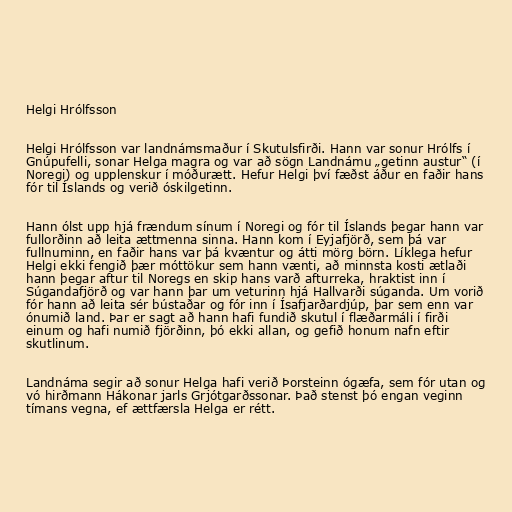
Helgi Hrólfsson

Helgi Hrólfsson var landnámsmaður í Skutulsfirði. Hann var sonur Hrólfs í
Gnúpufelli, sonar Helga magra og var að sögn Landnámu „getinn austur“ (í
Noregi) og upplenskur í móðurætt. Hefur Helgi því fæðst áður en faðir hans
fór til Íslands og verið óskilgetinn.

Hann ólst upp hjá frændum sínum í Noregi og fór til Íslands þegar hann var
fullorðinn að leita ættmenna sinna. Hann kom í Eyjafjörð, sem þá var
fullnuminn, en faðir hans var þá kvæntur og átti mörg börn. Líklega hefur
Helgi ekki fengið þær móttökur sem hann vænti, að minnsta kosti ætlaði
hann þegar aftur til Noregs en skip hans varð afturreka, hraktist inn í
Súgandafjörð og var hann þar um veturinn hjá Hallvarði súganda. Um vorið
fór hann að leita sér bústaðar og fór inn í Ísafjarðardjúp, þar sem enn var
ónumið land. Þar er sagt að hann hafi fundið skutul í flæðarmáli í firði
einum og hafi numið fjörðinn, þó ekki allan, og gefið honum nafn eftir
skutlinum.

Landnáma segir að sonur Helga hafi verið Þorsteinn ógæfa, sem fór utan og
vó hirðmann Hákonar jarls Grjótgarðssonar. Það stenst þó engan veginn
tímans vegna, ef ættfærsla Helga er rétt.